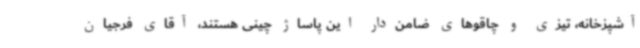
آشپزخانه، تیزی و چاقوهای ضامن‌دار این پاساژ چینی هستند، آقای فرجیان